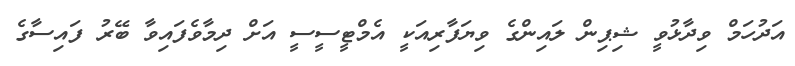
އަދުހަމް ވިދާޅުވީ ޝިޕިން ލައިންގެ ވިޔަފާރިއަކީ އެމްޓީސީސީ އަށް ދިމާވެފައިވާ ބޭރު ފައިސާގެ